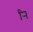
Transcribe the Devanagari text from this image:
र्‍ाि